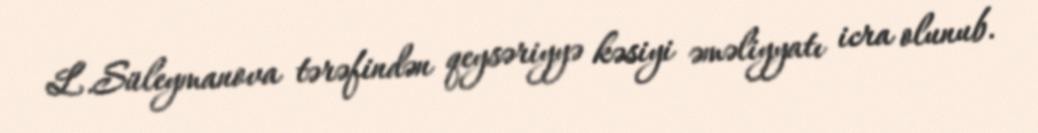
L.Süleymanova tərəfindən qeysəriyyə kəsiyi əməliyyatı icra olunub.